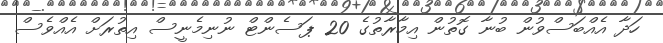
ހަދާ އެއްބަސްވުން ބުނާ ގޮތުން އިމާރާތުގެ 20 ޕަސެންޓް ނުނިމެނީސް އިތުރަށް އެއްވެސް